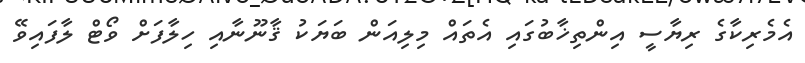
އެމެރިކާގެ ރިޔާސީ އިންތިޚާބުގައި އެތައް މިލިއަން ބަޔަކު ޤާނޫނާއި ހިލާފަށް ވޯޓް ލާފައިވޭ